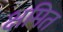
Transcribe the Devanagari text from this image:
क्षमित